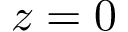
z = 0